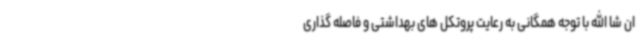
ان شا الله با توجه همگانی به رعایت پروتکل های بهداشتی و فاصله گذاری